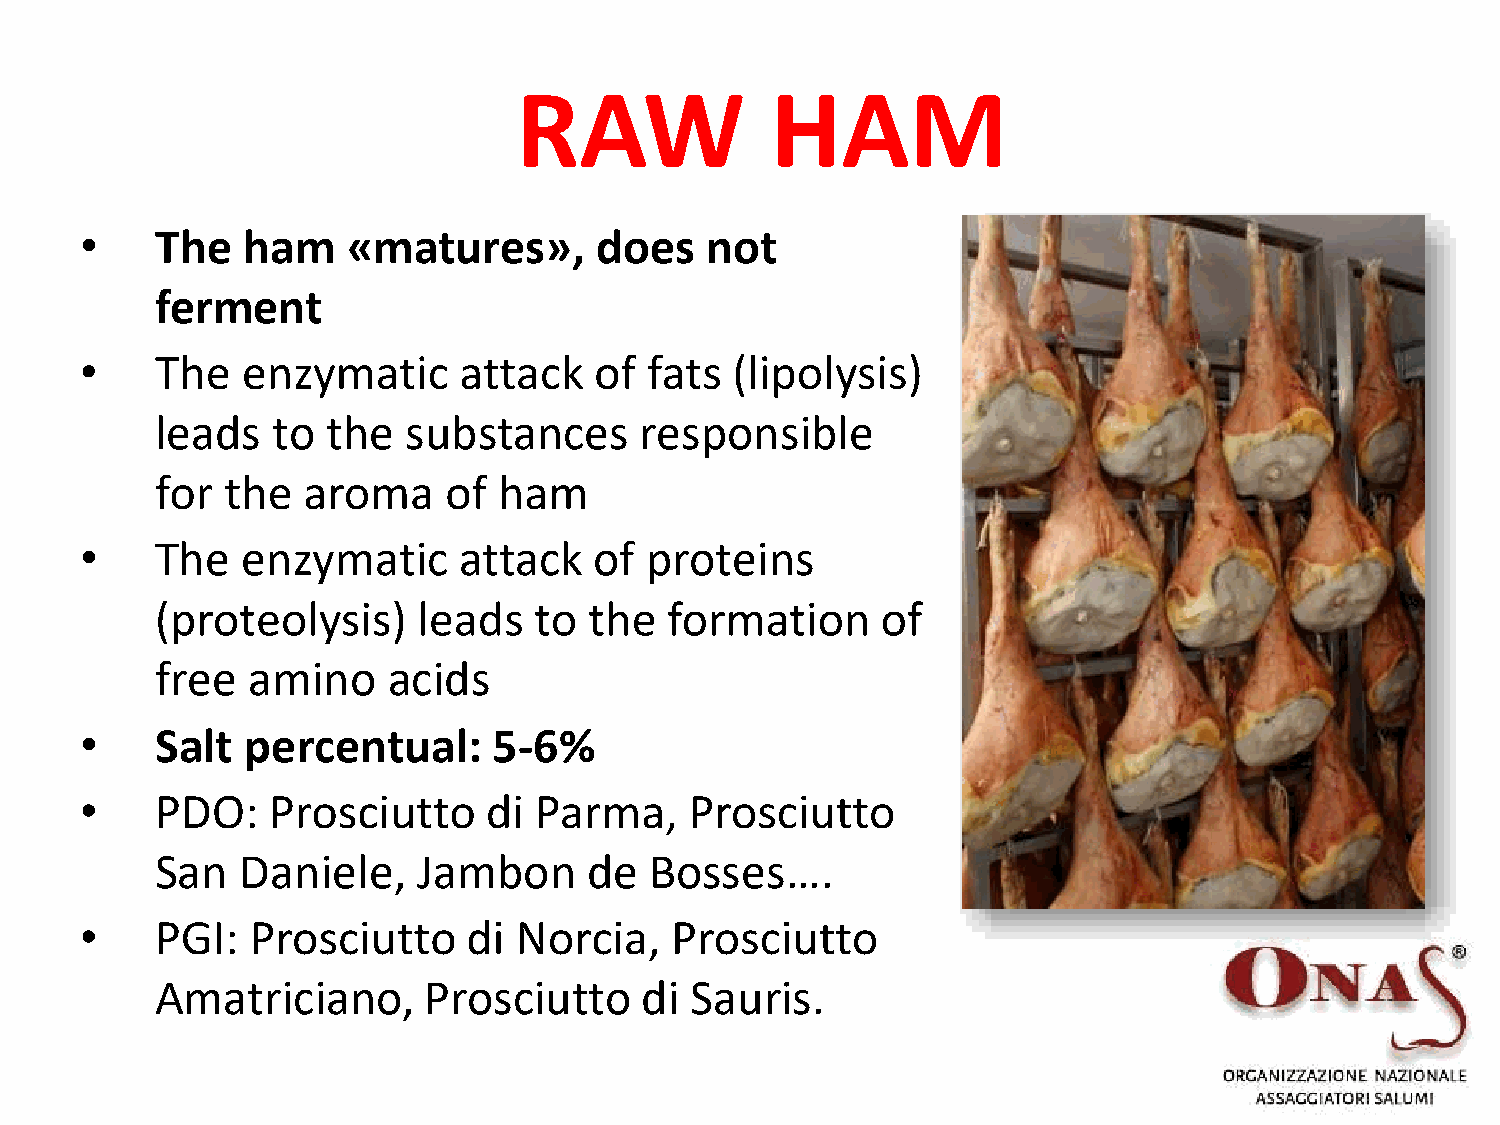
RAW              HAM
 •    The   ham    «matures»,      does    not
 ferment
 •    The   enzymatic     attack   of  fats (lipolysis)
 leads   to  the  substances     responsible
 for  the  aroma    of  ham
 •    The   enzymatic     attack   of  proteins
 (proteolysis)     leads  to  the  formation     of
 free  amino     acids
 •    Salt  percentual:      5-6%
 •    PDO:    Prosciutto    di Parma,     Prosciutto
 San   Daniele,    Jambon     de  Bosses….
 •    PGI:   Prosciutto    di Norcia,   Prosciutto
 Amatriciano,      Prosciutto    di  Sauris.